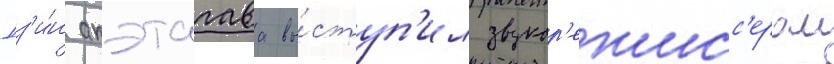
Дз'и́н акэтагава вы́ступ'ил звукор'ежисс'ером